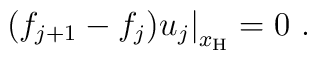
\left. (f_{j+1} - f_{j}) u_j \right|_{x_{\rm H}} =0\ .